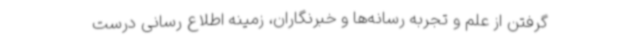
گرفتن از علم و تجربه رسانه‌ها و خبرنگاران، زمینه اطلاع رسانی درست